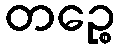
တဉ္စေ